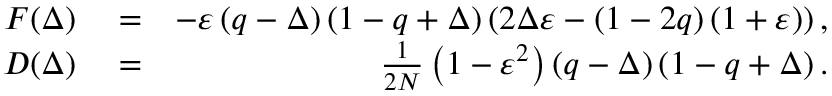
\begin{array} { r l r } { F ( \Delta ) } & { { } = } & { - \varepsilon \left( q - \Delta \right) \left( 1 - q + \Delta \right) \left( 2 \Delta \varepsilon - \left( 1 - 2 q \right) ( 1 + \varepsilon ) \right) , } \\ { D ( \Delta ) } & { { } = } & { \frac { 1 } { 2 N } \left( 1 - \varepsilon ^ { 2 } \right) \left( q - \Delta \right) \left( 1 - q + \Delta \right) . } \end{array}